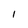
Character: I